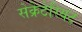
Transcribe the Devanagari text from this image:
सेक्रेटेरियट